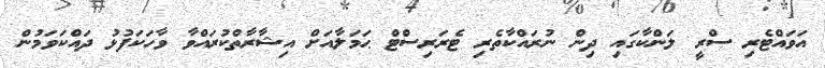
އަވައްޓެރި ސްރީ ލަންކާގައި ދިން ނުރައްކާތެރި ޓެރަރިސްޓް ޙަމަލާއަށް އިޝާރާތްކުރައްވާ ވާހަކަފުޅު ދައްކަވަމުން